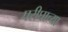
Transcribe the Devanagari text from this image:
परीघाच्या